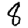
Digit: 8